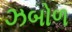
ઝબોળ